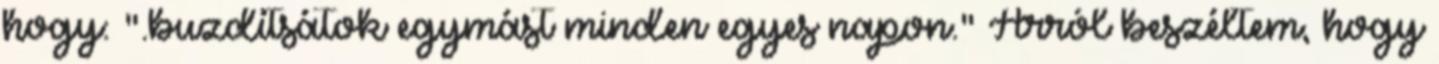
hogy: ".buzdítsátok egymást minden egyes napon." Arról beszéltem, hogy